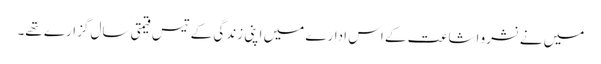
میں نے نشرو اشاعت کے اس ادارے میں اپنی زندگی کے تیس قیمتی سال گزارے تھے۔